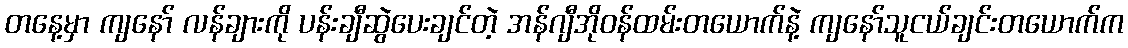
တနေ့မှာ ကျနော် လန်ချားကို ပန်းချီဆွဲပေးချင်တဲ့ အန်ဂျီအိုဝန်ထမ်းတယောက်နဲ့ ကျနော်သူငယ်ချင်းတယောက်က